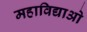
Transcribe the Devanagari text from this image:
महाविद्याओ